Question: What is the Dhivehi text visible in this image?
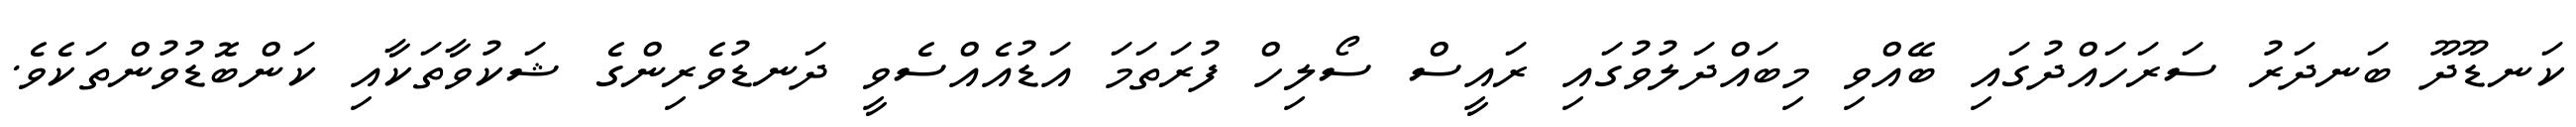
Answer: ކަނޑޫދޫ ބަނދަރު ސަރަހައްދުގައި ބޭއްވި މިބައްދަލުވުގައި ރައީސް ސޯލިހް ފުރަތަމަ އަޑުއެއްސެވީ ދަނޑުވެރިންގެ ޝަކުވާތަކާއި ކަންބޮޑުވުންތަކެވެ.